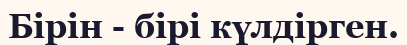
Бірін - бірі күлдірген.